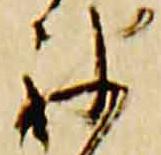
被